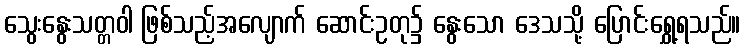
သွေးနွေးသတ္တဝါ ဖြစ်သည့်အလျောက် ဆောင်းဥတု၌ နွေးသော ဒေသသို့ ပြောင်းရွှေ့ရသည်။